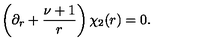
\left( \partial _ { r } + \frac { \nu + 1 } { r } \right) \chi _ { 2 } ( r ) = 0 .